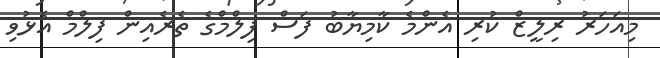
މިއަހަރު ރިލީޒް ކުރި އެންމެ ކާމިޔާބު ފަސް ފިލްމްގެ ތެރެއިން ފިލްމް އެޅުވި